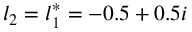
l _ { 2 } = l _ { 1 } ^ { * } = - 0 . 5 + 0 . 5 i